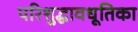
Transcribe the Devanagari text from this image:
परिशुद्धावधूतिका